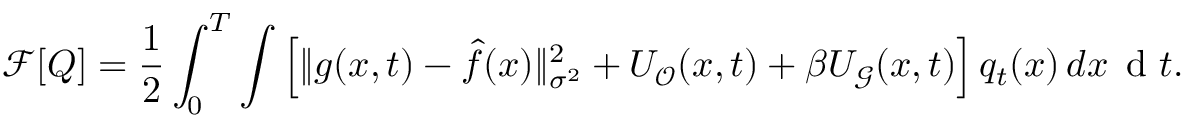
\small \mathcal { F } [ Q ] = \frac { 1 } { 2 } \int _ { 0 } ^ { T } \int \Big [ \| g ( x , t ) - \hat { f } ( x ) \| _ { \sigma ^ { 2 } } ^ { 2 } + U _ { \mathcal { O } } ( x , t ) + \beta U _ { \mathcal { G } } ( x , t ) \Big ] \, q _ { t } ( x ) \, d x \, \mathrm { ~ d ~ } t .